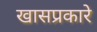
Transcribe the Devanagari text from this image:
खासप्रकारे